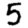
Digit: 5